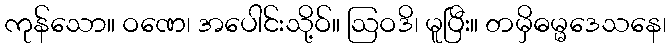
ကုန်သော။ ဝဏေ၊ အပေါင်းသို့ဝ်။ ဩဝဒိ၊ မူပြီး။ တမှိဓမ္မဒေသနေ၊